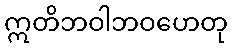
ဣတိဘဝါဘဝဟေတု